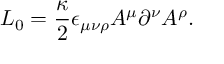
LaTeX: { \cal L } _ { 0 } = \frac { \kappa } { 2 } \epsilon _ { \mu \nu \rho } A ^ { \mu } \partial ^ { \nu } A ^ { \rho } .